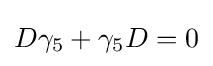
D\gamma _{5}+\gamma _{5}D=0